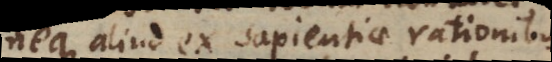
neque aliud ex sapientiae rationibus